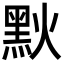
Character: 𪐩